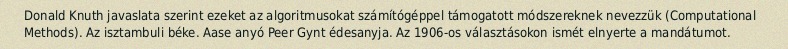
Donald Knuth javaslata szerint ezeket az algoritmusokat számítógéppel támogatott módszereknek nevezzük (Computational Methods). Az isztambuli béke. Aase anyó Peer Gynt édesanyja. Az 1906-os választásokon ismét elnyerte a mandátumot.